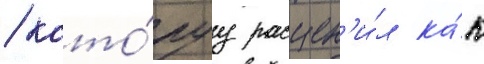
/ кото́руу расцен'и́л ка́к